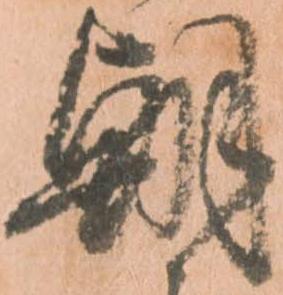
朝